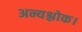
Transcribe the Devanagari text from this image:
अन्यश्लोक।